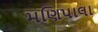
મણિપાલા